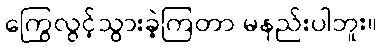
ကြွေလွင့်သွားခဲ့ကြတာ မနည်းပါဘူး။